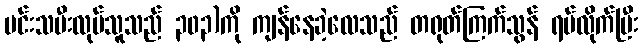
မင်းသမီးလုပ်သူသည် ၃၀၃)ကို ကျန်နေခဲ့လေသည် တရုတ်ကြက်သွန် ရပ်လိုက်ပြီး